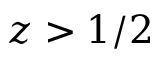
z > 1 / 2